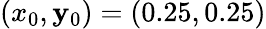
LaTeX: (x_{0},\mathbf{y}_{0})=(0.25,0.25)